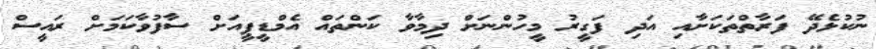
ނުކުޅެދޭ ފަރާތްތަކަށާއި އަދި ފަގީރު މީހުންނަށް ދިމާވާ ކަންތައް އެމްޑީޕީއަށް ސާފުވާކަމަށް ރައީސް